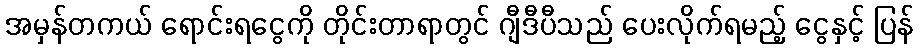
အမှန်တကယ် ရောင်းရငွေကို တိုင်းတာရာတွင် ဂျီဒီပီသည် ပေးလိုက်ရမည့် ငွေနှင့် ပြန်